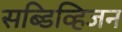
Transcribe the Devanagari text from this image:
सब्डिव्हिजन